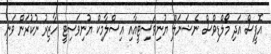
އޮފީސް އަދި މޯލްޑިވްސް ނެޝަނަލް ޔުނިވަސިޓީއާއި އިސްލާމިކް ޔުނިވަސިޓީ ހާޒިރު ނުކުރަން ވަނީ